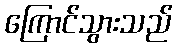
ကြောင်သွားသည်